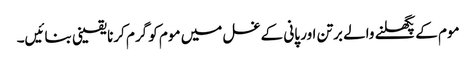
موم کے پگھلنے والے برتن اور پانی کے غسل میں موم کو گرم کرنا یقینی بنائیں۔